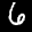
Label: 6